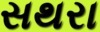
સથરા